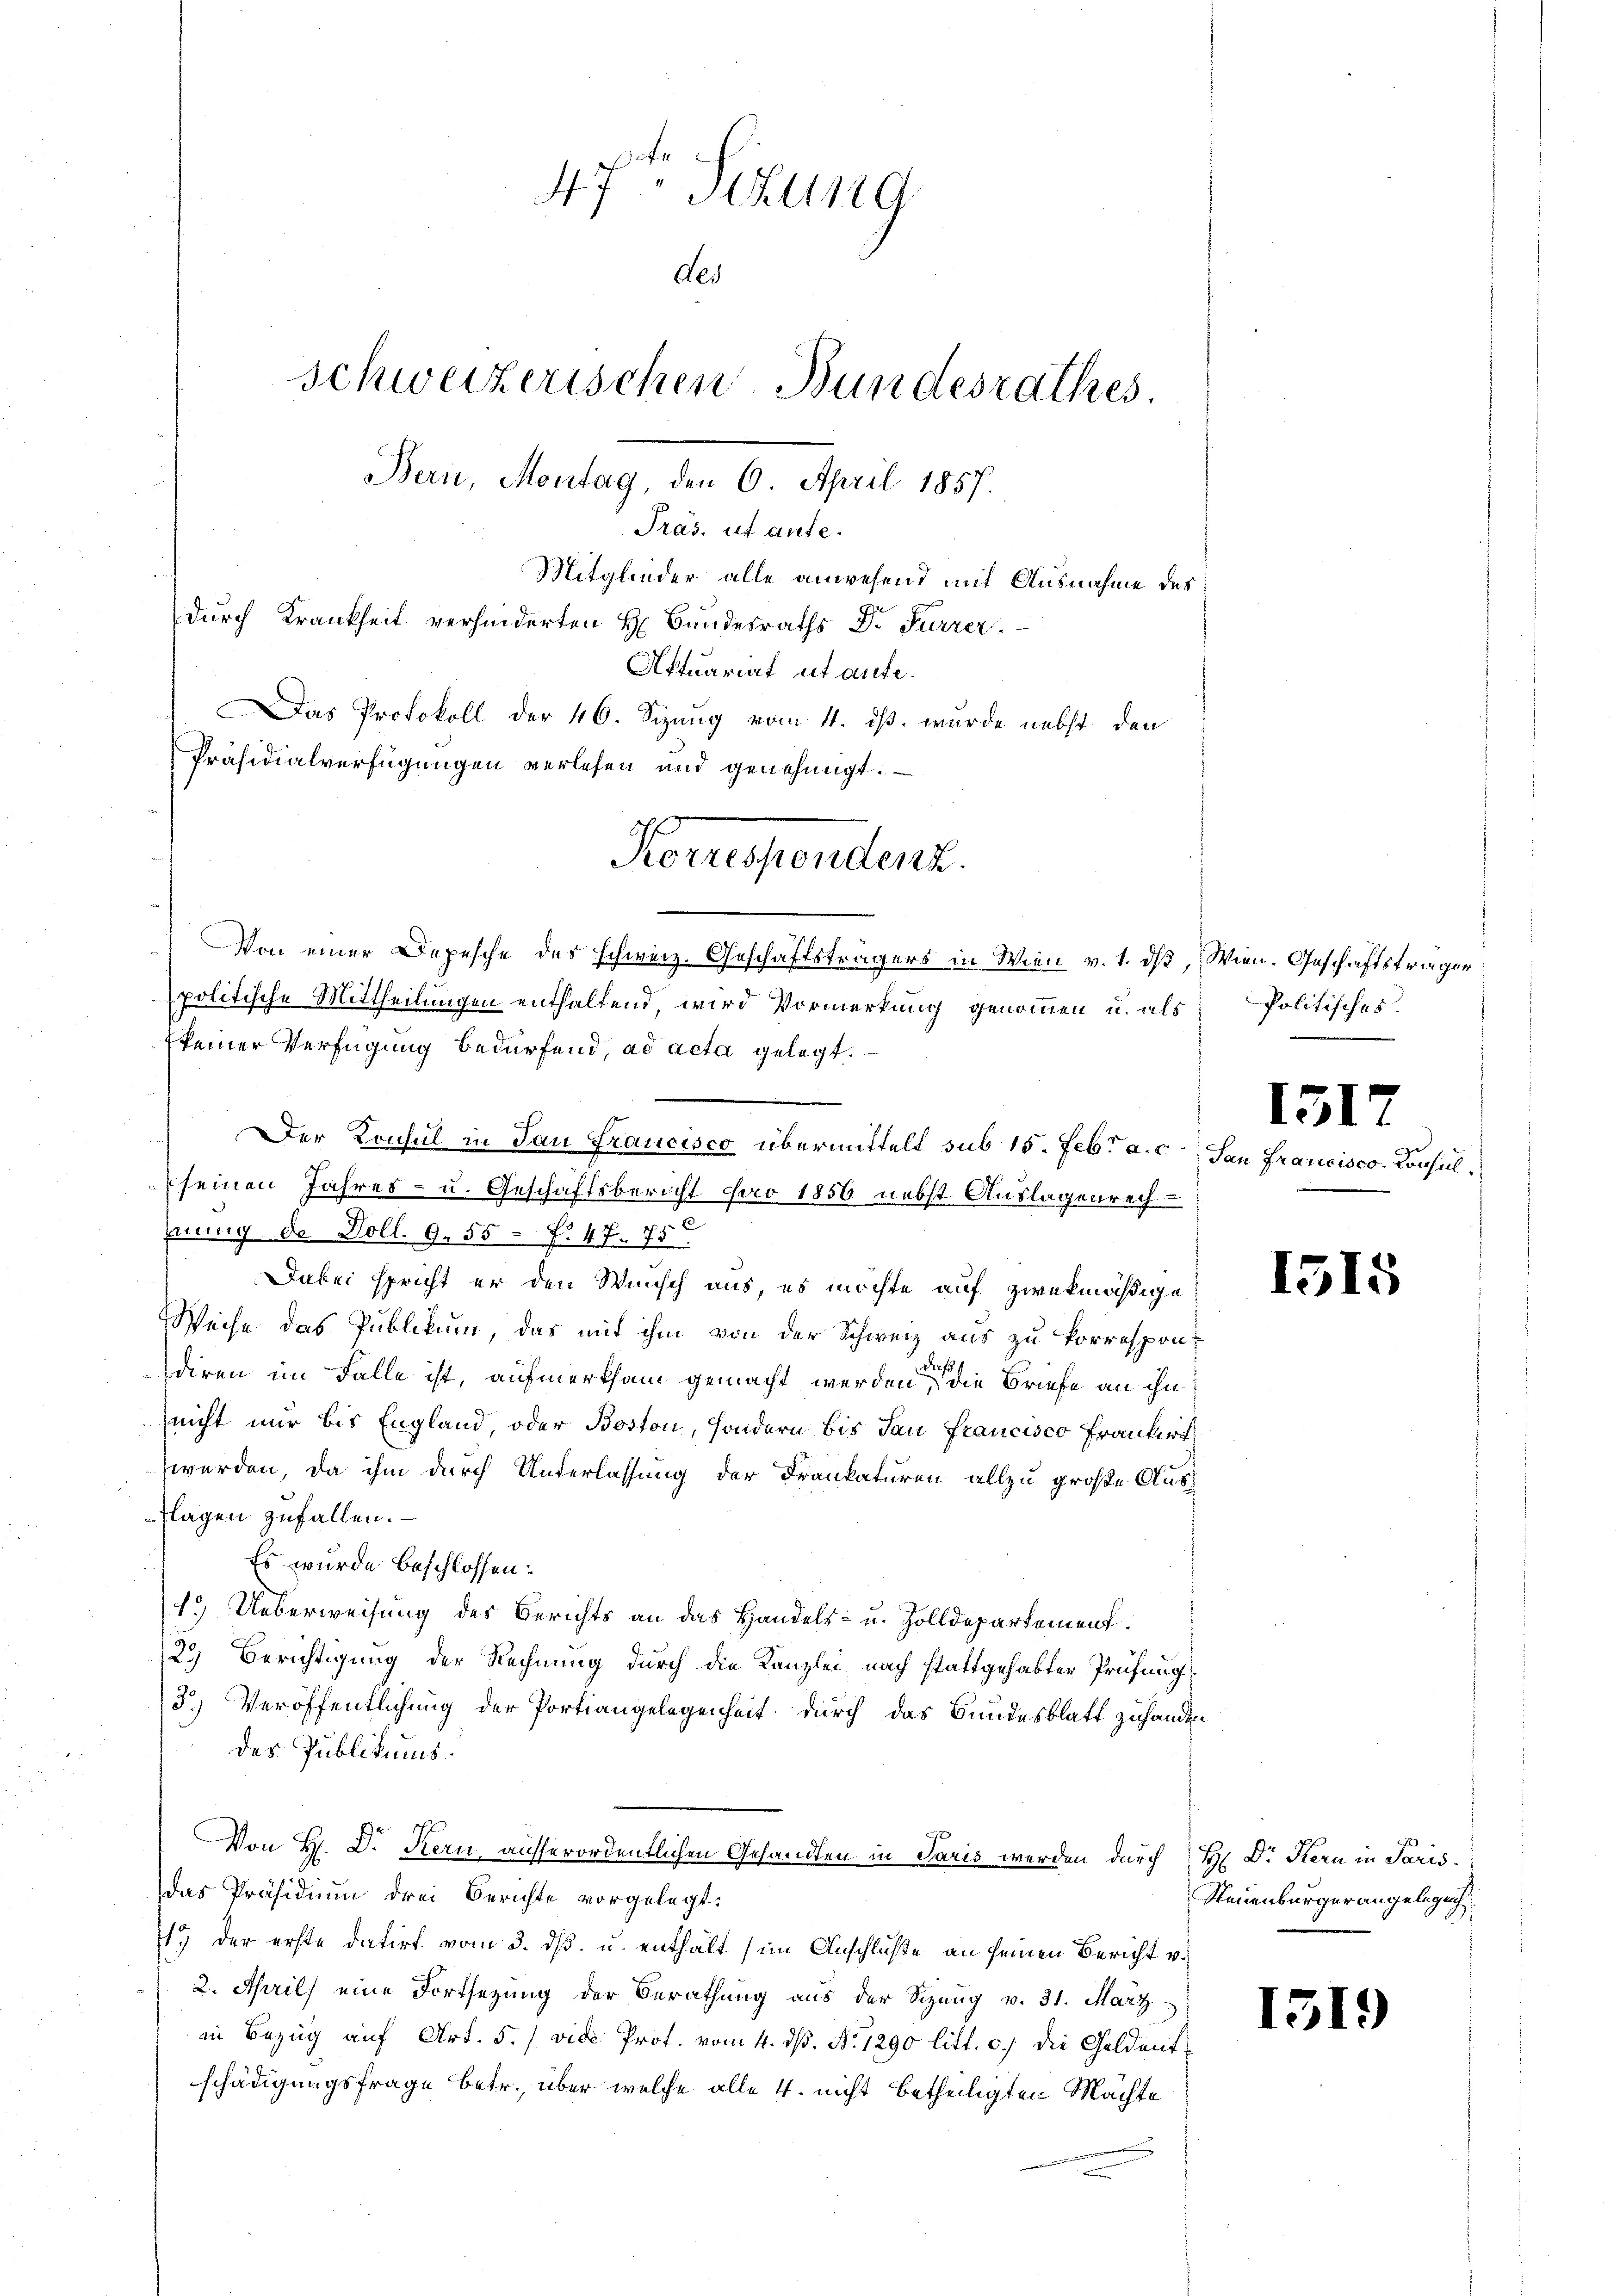
47 Sizung
des
schweizerischen Bundesrathes
Bern, Montag, den 6. April 1857.
Präs. ut aute.
Mitglieder alle anwesend mit Ausnahme des
durch Krankheit verhinderten H. Bundesraths Dr. Furrer.
Aktuariat et aute.
Das Protokoll der 46. Sizung vom 4. ds. wurde nebst den
Präsidialverfügungen verlesen und genehmigt. —

Von einer Depesche des schweiz. Geschäftsträgers in Wien v. 1. ds, Wien. Geschäftsträger
politische Mittheilungen enthaltend, wird Vormerkung genommen u. als
keiner Verfügung bedürfend, ad acta gelegt.
seinen Jahres- u. Geschäftsbericht pro 1856 nebst Auslagenrechhnung de Doll. 9. 55 f. 47. 75
Dabei spricht er den Wunsch aus, es möchte auf zwekmäßige
Weise das Publikum, das mit ihm von der Schweiz aus zu korrespon¬
22 f
diren im Falle ist, aufmerksam gemacht werden, die Briefe an ihn
nicht nur bis England, oder Boston, sondern bis dan Francisco Frankirt
werden, da ihm durch Unterlassung der Frankaturen allzu große Ausflagen zufallen.
Es wurde beschlossen:
1.) Ueberweisung des Berichts an das Handels- u. Zolldepartement.
2.) Berichtigung der Rechnung durch die Kanzlei, nach stattgehabter Prüfung
3.) Veröffentlichung der Portiangelegenheit durch das Bundesblatt zuhanden
des Publikums.
Von H. D. Kern, ausserordentlichen Gesandten in Paris werden durch H. Dr. Kern in Paris
das Präsidium drei Berichte vorgelegt.
17 der erste datirt vom 3. ds. u. enthält (im Anschluße an seinen Bericht v.
2. April) eine Fortsetzung der Berathung aus der Sizung v. 31. März
in Bezug auf Art. 5./ vide Prof. vom 4. ds. No 1290 litt. c.) die Geldentschädigungsfrage betr., über welche alle 4. nicht betheiligten Mächte

Korrespendenz.

Der Konsul in dan Francisco übermittelt sub 15. Febr. a. c. San Francisco-Konsul¬

Politisches.

1515

Steuenburger angelegung

1319)